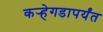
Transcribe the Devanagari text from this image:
कर्‍हेगडापर्यंत